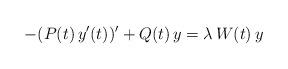
LaTeX: \begin{align*}- (P(t)\, y^\prime(t))^\prime + Q(t)\, y = \lambda\, W(t)\, y\end{align*}